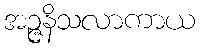
အဉ္ဇနိသလာကာယ